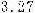
3.27